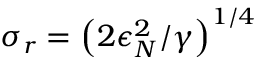
\sigma _ { r } = \left( 2 \epsilon _ { N } ^ { 2 } / \gamma \right) ^ { 1 / 4 }